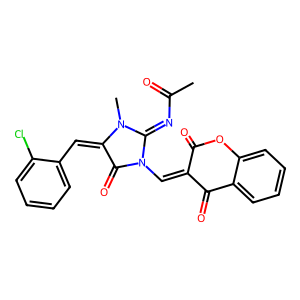
SMILES: CC(=O)N=C1N(C)C(=Cc2ccccc2Cl)C(=O)N1C=C1C(=O)Oc2ccccc2C1=O
Inhibits HIV replication: No